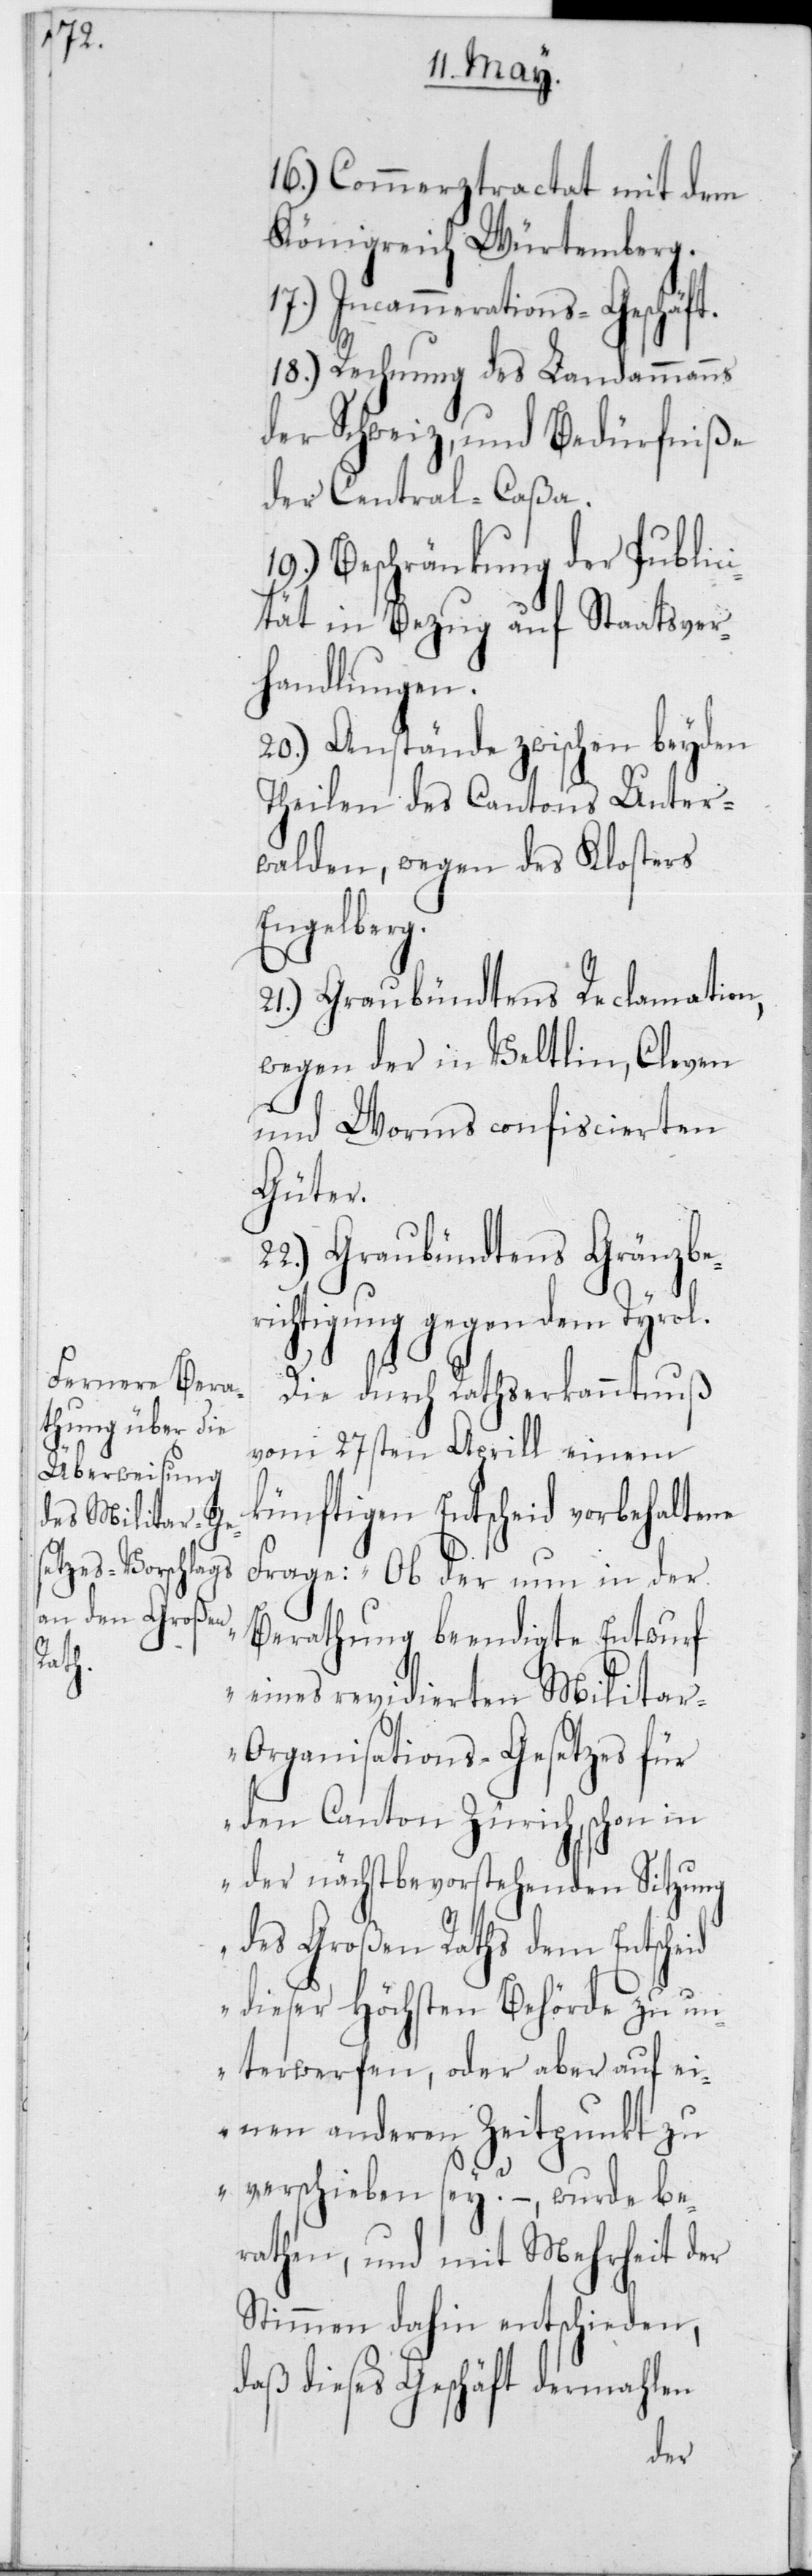
16.) Commerztractat mit dem
Königreich Würtemberg.
17.) Incammerations-Geschäft.
18.) Rechnung des Landammanns
der Schweiz und Bedürfniße
der Central-Caßa.
19.) Beschränkung der Public¬
ität in Bezug auf Staatsver¬
handlungen.
20.) Anstände zwischen beyden
Theilen des Cantons Unter¬
walden, wegen des Klosters
Engelberg.
21.) Graubündtens Reclamation,
wegen der in Veltlin, Cleven
und Worms confiscierten
Güter.
22.) Graubündtens Gränzbe¬
richtigung gegen dem Tyrol.
Die durch Rathserkanntnuß
vom 27sten Aprill einem
künftigen Entscheid vorbehaltene
Frage: „Ob der nun in der
Berathung beendigte Entwurf
eines revidierten Milita¬
r-Organisations-Gesetzes für
den Canton Zürich, schon in
der nächstbevorstehenden Sitzung
des Großen Raths dem Entscheid
dieser Höchsten Behörde zu un¬
terwerfen, oder aber auf ei¬
nen anderen Zeitpunkt zu
verschieben sey?“ –, wurde be¬
rathen, und mit Mehrheit der
Stimmen dahin entschieden,
daß dieses Geschäft dermahlen